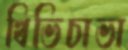
খিভিচাভা